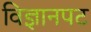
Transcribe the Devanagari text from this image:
विज्ञानपट